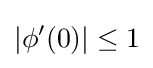
|\phi '(0)|\leq 1